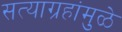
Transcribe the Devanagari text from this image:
सत्याग्रहांमुळे